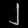
Digit: ၂